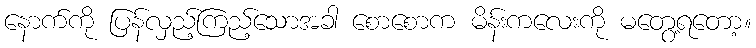
နောက်ကို ပြန်လှည့်ကြည့်သောအခါ စောစောက မိန်းကလေးကို မတွေ့ရတော့။